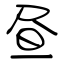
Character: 昼